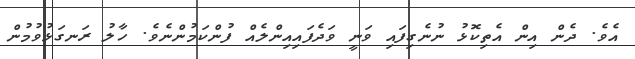
އެވެ. ދެން އިން އެތިކޮޅު ނުނެގިފައި ވަނީ ވަދެފައިއިންލެއް ފުންކަމުންނެވެ. ހާލު ރަނގަޅުވުމުން